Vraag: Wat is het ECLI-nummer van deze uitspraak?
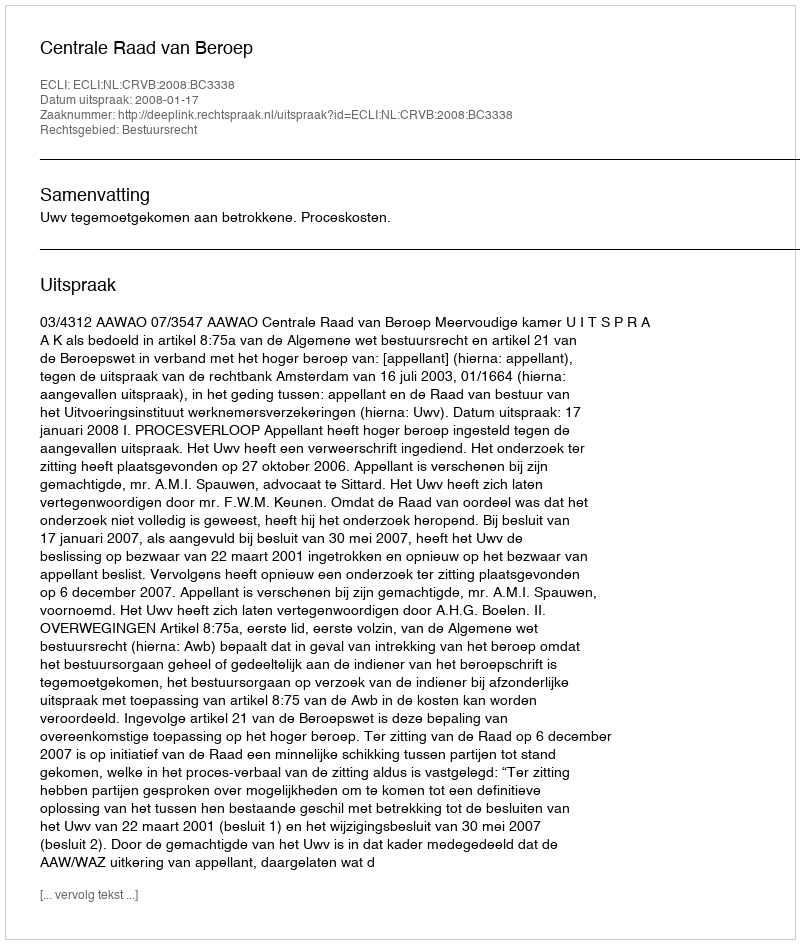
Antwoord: ECLI:NL:CRVB:2008:BC3338